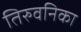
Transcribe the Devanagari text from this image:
तिरुवनिका